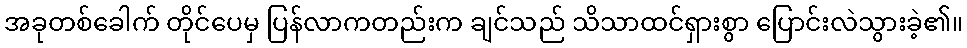
အခုတစ်ခေါက် တိုင်ပေမှ ပြန်လာကတည်းက ချင်သည် သိသာထင်ရှားစွာ ပြောင်းလဲသွားခဲ့၏။